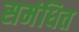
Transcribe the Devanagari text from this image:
समंधित